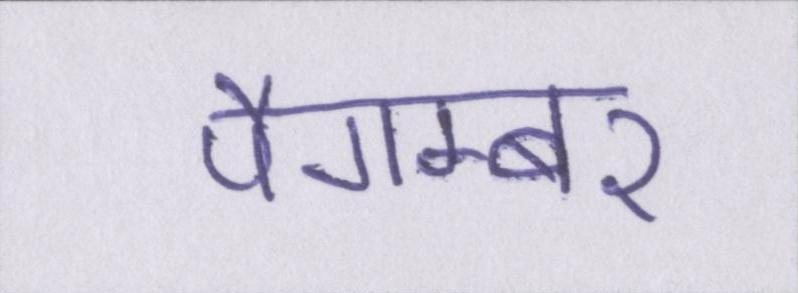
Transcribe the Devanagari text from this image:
पैगम्बर